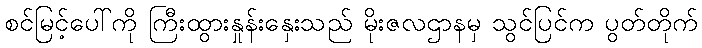
စင်မြင့်ပေါ်ကို ကြီးထွားနှုန်းနှေးသည် မိုးဇလဌာနမှ သွင်ပြင်က ပွတ်တိုက်